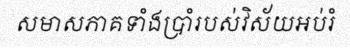
សមាសភាគទាំងប្រាំរបស់វិស័យអប់រំ